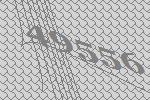
49556